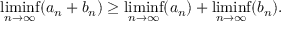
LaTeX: \operatorname* { l i m i n f } _ { n \to \infty } ( a _ { n } + b _ { n } ) \geq \operatorname* { l i m i n f } _ { n \to \infty } ( a _ { n } ) + \operatorname* { l i m i n f } _ { n \to \infty } ( b _ { n } ) .